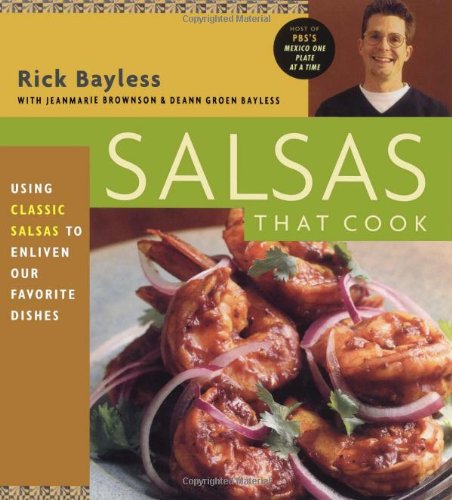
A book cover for Salsas That Cook : Using Classic Salsas To Enliven Our Favorite Dishes; Rick Bayless; Cookbooks, Food & Wine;